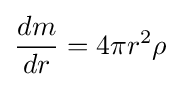
{\frac {dm}{dr}}=4\pi r^{2}\rho